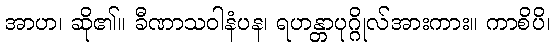
အာဟ၊ ဆို၏။ ခီဏာသဝါနံပန၊ ရဟန္တာပုဂ္ဂိုလ်အားကား။ ကာစိပိ၊